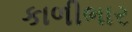
કાળીભાર